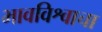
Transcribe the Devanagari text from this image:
भावविश्वाचा